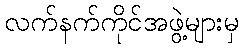
လက်နက်ကိုင်အဖွဲ့များမှ